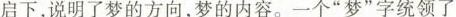
启下，说明了梦的方向，梦的内容。一个”梦”字统领了